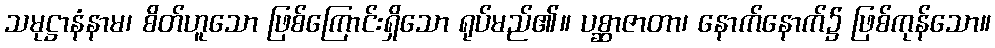
သမုဋ္ဌာနံနာမ၊ စိတ်ဟူသော ဖြစ်ကြောင်းရှိသော ရုပ်မည်၏။ ပစ္ဆာဇာတာ၊ နောက်နောက်၌ ဖြစ်ကုန်သော။